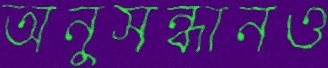
অনুসন্ধানও